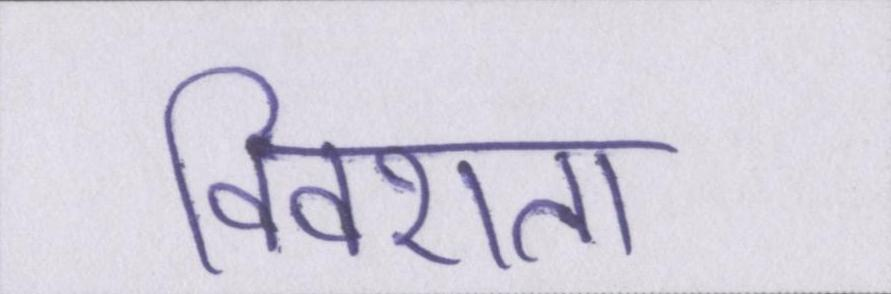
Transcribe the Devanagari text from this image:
विवशता